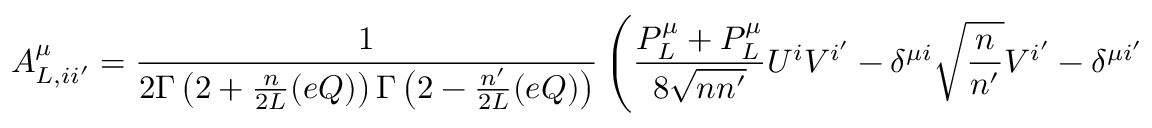
A _ { L , i i ^ { \prime } } ^ { \mu } = \frac { 1 } { 2 \Gamma \left( 2 + \frac { n } { 2 L } ( e Q ) \right) \Gamma \left( 2 - \frac { n ^ { \prime } } { 2 L } ( e Q ) \right) } \left( \frac { { \cal P } _ { L } ^ { \mu } + { \cal P } _ { L } ^ { \mu } } { 8 \sqrt { n n ^ { \prime } } } U ^ { i } V ^ { i ^ { \prime } } - \delta ^ { \mu i } \sqrt { \frac { n } { n ^ { \prime } } } V ^ { i ^ { \prime } } - \delta ^ { \mu i ^ { \prime } } \sqrt { \frac { n ^ { \prime } } { n } } U ^ { i } \right) \times